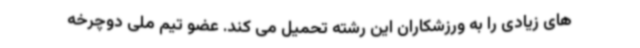
های زیادی را به ورزشکاران این رشته تحمیل می کند. عضو تیم ملی دوچرخه